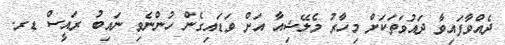
ދެއްވާފައިވާ ދައުވަތަކަށް މިހާރު މެލޭޝިއާ އަށް ވަޑައިގެން ހުންނެވި ނައިބު ރައީސް ޑރ.